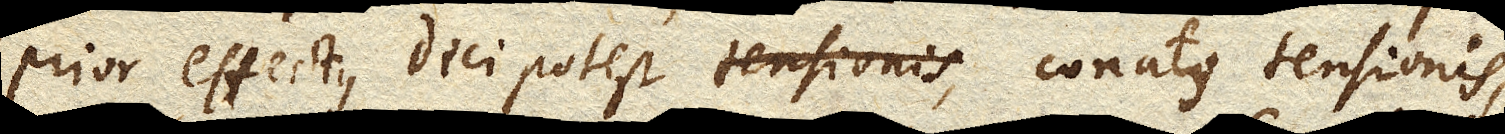
prior effectus dici potest conatus tensionis,